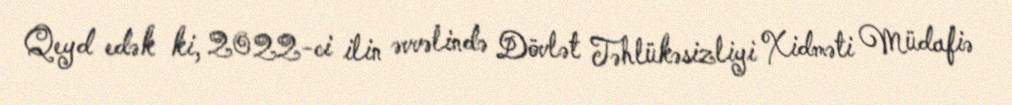
Qeyd edək ki, 2022-ci ilin əvvəlində Dövlət Təhlükəsizliyi Xidməti Müdafiə